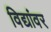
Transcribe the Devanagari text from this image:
विद्यांवर